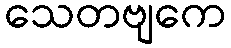
သေတဗျကေ